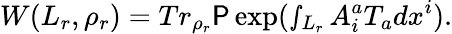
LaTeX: W(L_{r},\rho_{r})=Tr_{\rho_{r}}\mathsf{P}\exp(\smallint_{L_{r}}A_{i}^{a}T_{a}dx^{i}).